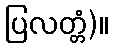
ပြလတ္တံ)။